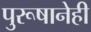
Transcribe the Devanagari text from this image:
पुरूषानेही